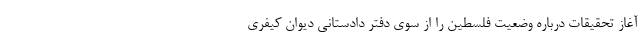
آغاز تحقیقات درباره وضعیت فلسطین را از سوی دفتر دادستانی دیوان کیفری